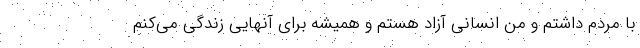
با مردم داشتم و من انسانی آزاد هستم و همیشه برای آنهایی زندگی می‌کنم